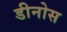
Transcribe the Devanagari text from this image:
डीनोस